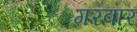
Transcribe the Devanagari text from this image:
गरवार